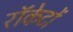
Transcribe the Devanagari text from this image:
राॅकेटों